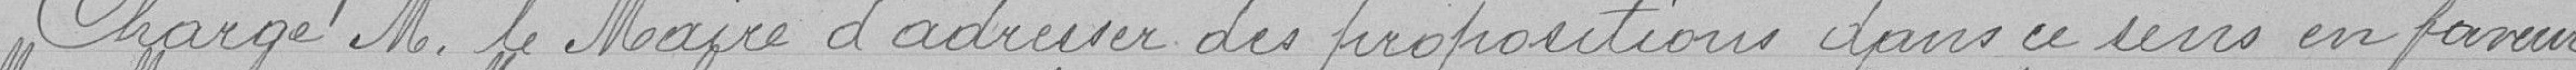
Charles M. le Maire d'adresser des propositions dans ce sens en faveur